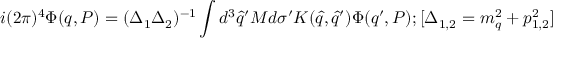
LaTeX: i ( 2 \pi ) ^ { 4 } \Phi ( q , P ) = ( \Delta _ { 1 } \Delta _ { 2 } ) ^ { - 1 } \int d ^ { 3 } { \hat { q } } ^ { \prime } M d \sigma ^ { \prime } K ( { \hat { q } } , { \hat { q } } ^ { \prime } ) \Phi ( q ^ { \prime } , P ) ; [ \Delta _ { 1 , 2 } = m _ { q } ^ { 2 } + p _ { 1 , 2 } ^ { 2 } ]